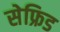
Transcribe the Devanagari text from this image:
सेफ्रिड